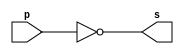
// ----------------------------------------
// Exemplo0002 - NOT
// Nome: Joo Henrique Mendes de Oliveira
// ----------------------------------------

// -------------------------
// -- not gate
// -------------------------

module notgate(output s, input p);
	assign s = ~p; //-- vinculo
endmodule //-- end module notgate

// -------------------------
// -- test not gate
// -------------------------

module testnotgate;
//-- dados locais
	reg a; //-- reg = registrador = entrada
	wire s; //-- wire = sada
	
//-- instanciando o "module not gate"
	notgate NOT1(s, a);
	
//-- preparao
	initial begin:start
		a = 0; //-- valor inicial
	end //-- end start

//-- parte principal
	initial begin:main
	//-- execuo 1  1
		$display("Exemplo0002 - Joo Henrique - 392734");
		$display("Test NOT gate");
		$display("\n~a = s\n"); //-- \n =
		
		a = 0;
	#1 $display("~%b = %b", a, s);
		a = 1;
	#1 $display("~%b = %b", a, s);
	
	end //-- end main

endmodule //-- end testnotgate